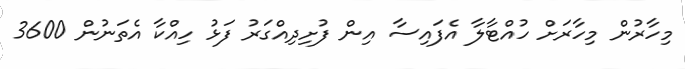
މިހާރުން މިހާރަށް ހުއްޓާލާ އެފައިސާ އިން ފުށިދިއްގަރު ފަޅު ހިއްކާ އެތަނުން 3600